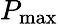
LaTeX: P_{\mathrm{max}}